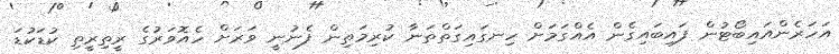
އަހަރެންއައިބޯޓުން ފައިބައިގެން އެއްގަމަށް ހިނގައިގަތްތަނާ ކުރިމަތިން ފެނުނީ ވަރަށް ހެއޮވަރުގެ ރީތިރީތި ކުޑަކުޑަ